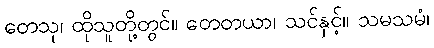
တေသု၊ ထိုသူတို့တွင်။ တေတယာ၊ သင်နှင့်။ သမသမံ၊